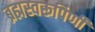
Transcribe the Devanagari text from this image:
ब्रह्मस्वरूपिणी